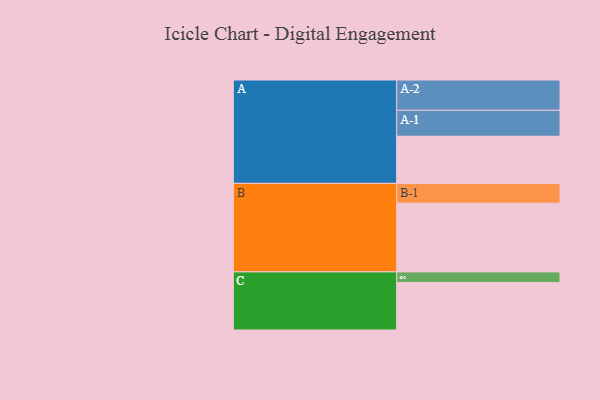
{"axis": {"x": "Segment", "y": "Value"}, "legend": ["", "A", "B", "C"], "data": [{"x": "A", "y": 330, "type": ""}, {"x": "B", "y": 481, "type": ""}, {"x": "C", "y": 332, "type": ""}, {"x": "A-1", "y": 182, "type": "A"}, {"x": "A-2", "y": 212, "type": "A"}, {"x": "B-1", "y": 139, "type": "B"}, {"x": "C-1", "y": 75, "type": "C"}]}